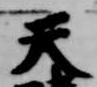
天